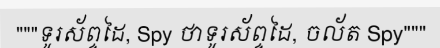
"""ទូរស័ព្ទដៃ, Spy ថាទូរស័ព្ទដៃ, ចល័ត Spy"""